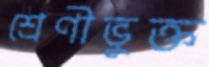
শ্রেণীভুক্ত